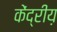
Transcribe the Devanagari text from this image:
केंद्रीय़